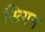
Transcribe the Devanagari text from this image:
ख्यिम